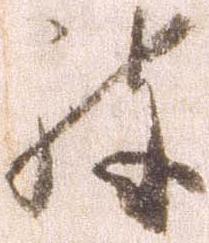
被